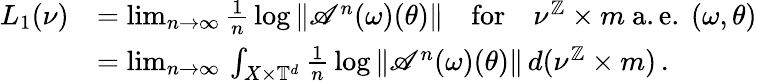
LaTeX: \begin{array}{rl}{L_{1}({\nu})}&{=\operatorname*{lim}_{n\to\infty}\frac{1}{n}\, \log\left\| \mathscr{A}^{n}(\omega)(\theta)\right\| \quad\mathrm{for}\quad{\nu}^{\mathbb{Z}}\times m\mathrm{~a.e.~}(\omega,\theta)}\\ &{=\operatorname*{lim}_{n\to\infty}\, \int_{X\times\mathbb{T}^{d}}\frac{1}{n}\, \log\left\| \mathscr{A}^{n}(\omega)(\theta)\right\| \, d({\nu}^{\mathbb{Z}}\times m)\, .}\end{array}